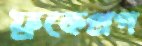
ফ্রকেপ্রগ